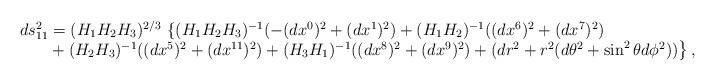
LaTeX: \begin{align*}\begin{array}{l} ds^2_{11}= (H_1H_2H_3)^{2/3}\, \left\{ (H_1H_2H_3)^{-1}(- (dx^0)^2 +(dx^1)^2) + (H_1H_2)^{-1} ((dx^6)^2+ (dx^7)^2) \right. \\ \left. ~~~~~ + (H_2H_3)^{-1} ((dx^5)^2+ (dx^{11})^2) + (H_3H_1)^{-1} ((dx^8)^2+ (dx^9)^2) + (dr^2+ r^2(d\theta^2 + \sin^2 \theta d\phi^2) ) \right\},\end{array}\end{align*}